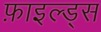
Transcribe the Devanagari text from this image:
फ़ाइल्ड्स